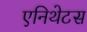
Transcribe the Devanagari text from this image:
एनिथेटस